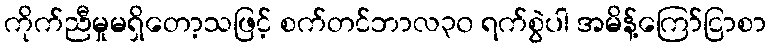
ကိုက်ညီမှုမရှိတော့သဖြင့် စက်တင်ဘာလ၃၀ ရက်စွဲပါ အမိန့်ကြော်ငြာစာ